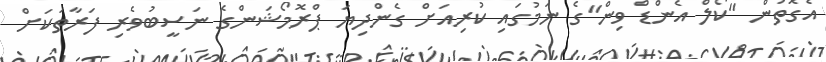
އެގޮތުން "ކޯލް އެންޑް ވިން"ގެ ނަމުގައި ކުރިއަށް ގެންދިޔަ ޕްރޮމޯޝަންގެ ނަސީބުވެރި ފަރާތަކަށް